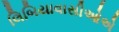
લિબિયાવાસીઓએ